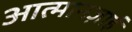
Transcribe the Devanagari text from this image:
आत्मानज़ाई